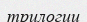
трилогии